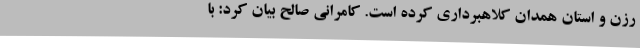
رزن و استان همدان کلاهبرداری کرده است. کامرانی صالح بیان کرد: با